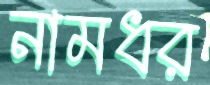
নামধর